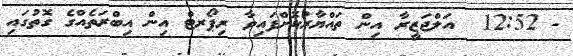
- 12:52  އަލްޖަޒީރާ އިން ތައްޔާރުކޮށްފައިވާ ރިޕޯރޓް އިން އިބްރަތެއްގެ ގޮތުގައި